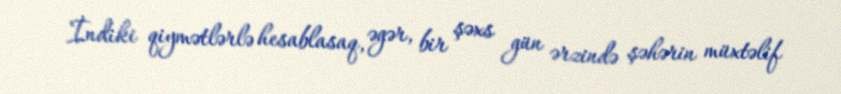
İndiki qiymətlərlə hesablasaq, əgər, bir şəxs gün ərzində şəhərin müxtəlif